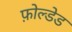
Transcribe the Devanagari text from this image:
फ़ोल्डेड